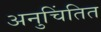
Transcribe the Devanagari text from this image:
अनुचिंतित